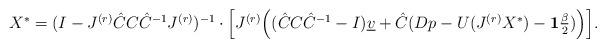
LaTeX: \begin{align*} \begin{array}{lll} X^{*} = (I-J^{(r)}\hat{C}C\hat{C}^{-1}J^{(r)})^{-1} \cdot \Big[J^{(r)}\Big((\hat{C}C\hat{C}^{-1}-I)\underline{v} + \hat{C}(Dp - U(J^{(r)}X^{*}) - \mathbf{1}\frac{\beta}{2})\Big)\Big]. \end{array}\end{align*}